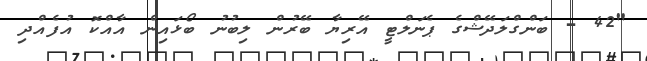
"42 - ބަންގްލަދޭޝްގެ ޕެނަލްޓީ އޭރިޔާ ބޭރުން ލިބުނު ބޯޅައިން އާއްކޮ އުފެއްދި